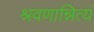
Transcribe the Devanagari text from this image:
श्रवणान्नित्यं